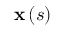
\mathbf { x } \left( s \right)